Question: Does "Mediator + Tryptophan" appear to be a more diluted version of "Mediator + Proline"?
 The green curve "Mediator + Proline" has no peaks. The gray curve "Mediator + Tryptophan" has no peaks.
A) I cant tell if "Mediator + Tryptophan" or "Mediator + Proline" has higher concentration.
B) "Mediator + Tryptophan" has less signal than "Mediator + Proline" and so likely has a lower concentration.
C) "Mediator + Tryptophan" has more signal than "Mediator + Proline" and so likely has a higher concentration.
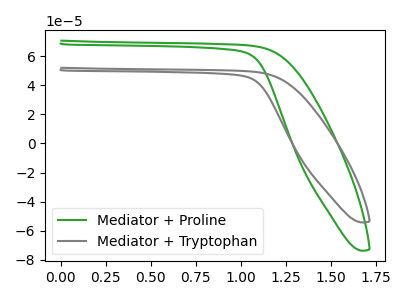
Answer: <think>Neither "Mediator + Tryptophan" or "Mediator + Proline" have any peaks.
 </think>
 <answer>A) I cant tell if "Mediator + Tryptophan" or "Mediator + Proline" has higher concentration.</answer>
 <eval>A</eval>